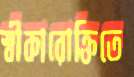
স্বীকারোক্তিতে